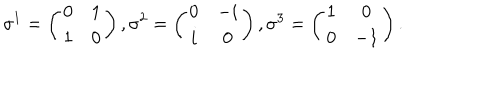
LaTeX: \sigma ^ { 1 } = \left( \begin{array} { c c } { { 0 } } & { { 1 } } \\ { { 1 } } & { { 0 } } \\ \end{array} \right) , \sigma ^ { 2 } = \left( \begin{array} { c c } { { 0 } } & { { - i } } \\ { { i } } & { { 0 } } \\ \end{array} \right) , \sigma ^ { 3 } = \left( \begin{array} { c c } { { 1 } } & { { 0 } } \\ { { 0 } } & { { - 1 } } \\ \end{array} \right) .